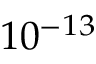
1 0 ^ { - 1 3 }